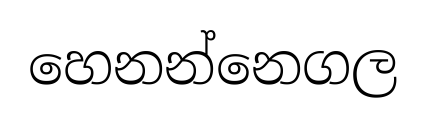
හෙනන්නෙගල